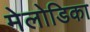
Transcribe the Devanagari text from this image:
मेलोडिका